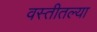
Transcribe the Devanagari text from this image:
वस्तीतल्या